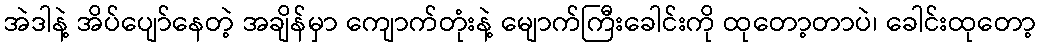
အဲဒါနဲ့ အိပ်ပျော်နေတဲ့ အချိန်မှာ ကျောက်တုံးနဲ့ မျောက်ကြီးခေါင်းကို ထုတော့တာပဲ၊ ခေါင်းထုတော့